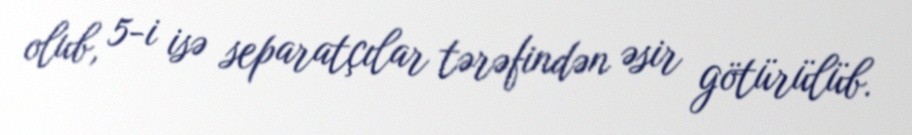
olub, 5-i isə separatçılar tərəfindən əsir götürülüb.